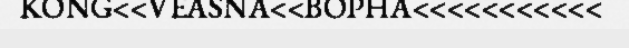
KONG<<VEASNA<<BOPHA<<<<<<<<<<<